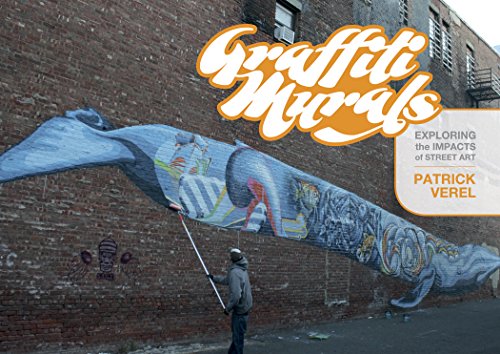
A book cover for Graffiti Murals: Exploring the Impacts of Street Art; Patrick Verel; Arts & Photography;